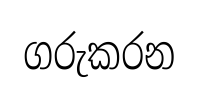
ගරුකරන